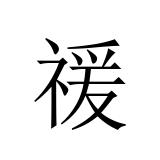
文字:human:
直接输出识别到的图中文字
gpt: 禐